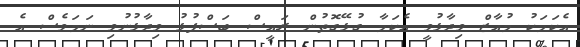
އެކަމަކު މުއާޒް ވިދާޅުވީ އެކަމާ ގުޅޭގޮތުން ރައީސް ބަސްފުޅު ވިދާޅުނުވި ނަމަވެސް އެ